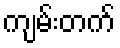
ကျမ်းတက်